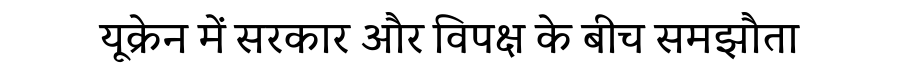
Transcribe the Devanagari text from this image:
यूक्रेन में सरकार और विपक्ष के बीच समझौता